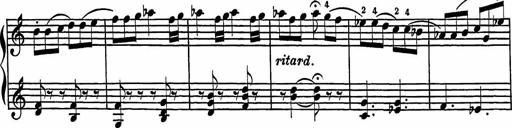
Title: 2 Sonatines
Composer: Richard Zeckwer